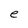
Character: e